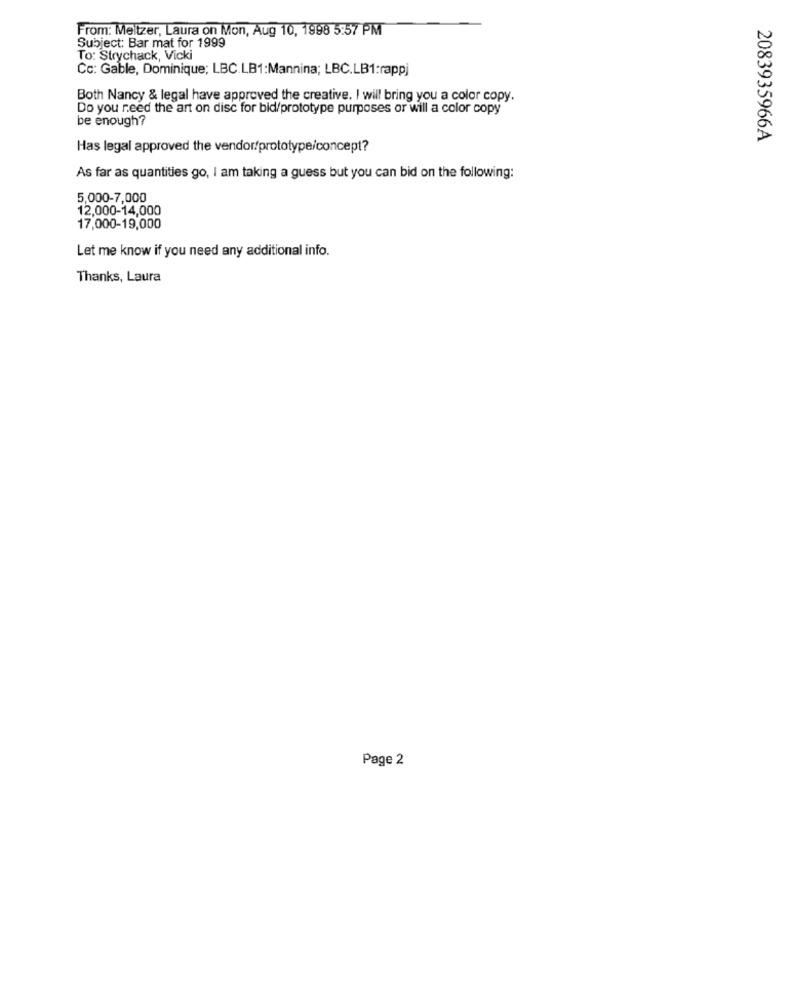
From: Meltzer, Laura on Mon, Aug 10, 1998 5:57 PM
Subject: Bar mat for 1999
To: Strychack, Vicki
Cc: Gable, Dominique; LBC.LB1:Mannina; LBC.LB1:rappj
Both Nancy & legal have approved the creative. I will bring you a color copy.
Do you need the art on disc for bid/prototype purposes or will a color copy
be enough?
2083935966A
Has legal approved the vendor/prototype/concept?
As far as quantities go, I am taking a guess but you can bid on the following:
5,000-7,000
12,000-14,000
17,000-19,000
Let me know if you need any additional info.
Thanks, Laura
Page 2